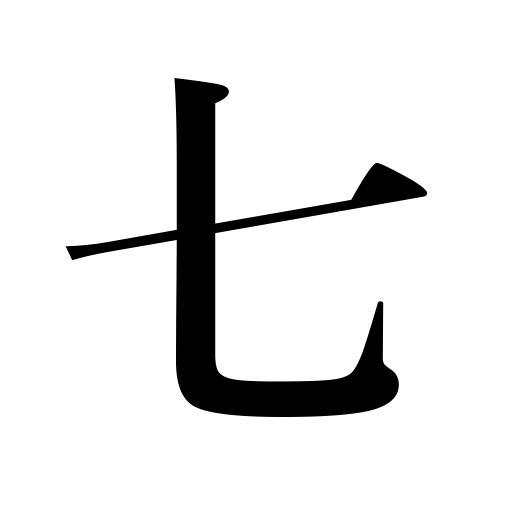
Meanings: seven